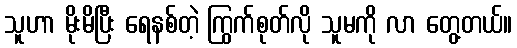
သူဟာ မိုးမိပြီး ရေနစ်တဲ့ ကြွက်စုတ်လို သူမကို လာ တွေ့တယ်။